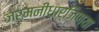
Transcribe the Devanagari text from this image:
जर्मनीधार्जिण्या